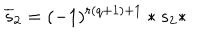
\overline { { { s } } } _ { 2 } = ( - 1 ) ^ { r ( q + 1 ) + 1 } * s _ { 2 } *